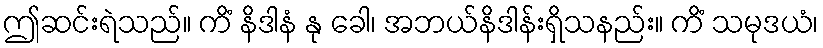
ဤဆင်းရဲသည်။ ကိံ နိဒါနံ နု ခေါ၊ အဘယ်နိဒါန်းရှိသနည်း။ ကိံ သမုဒယံ၊